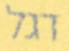
דגל